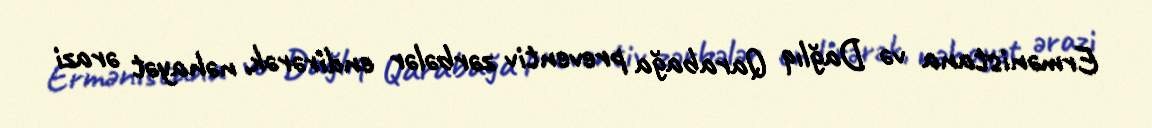
Ermənistana və Dağlıq Qarabağa preventiv zərbələr endirərək, nəhayət ərazi